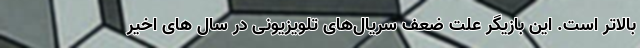
بالاتر است. این بازیگر علت ضعف سریال‌های تلویزیونی در سال ‌های اخیر